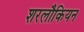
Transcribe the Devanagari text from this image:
शरलौकियन